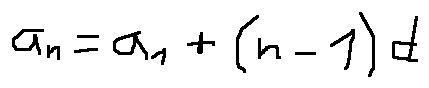
a _ { n } = a _ { 1 } + ( n - 1 ) d